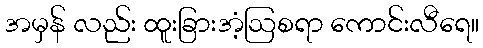
အမှန် လည်း ထူးခြားအံ့ဩစရာ ကောင်းလီရေ။